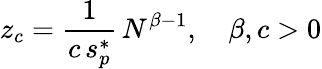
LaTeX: z_{c}=\frac{1}{c\, s_{p}^{*}}\, N^{\beta-1},\quad\beta,c>0